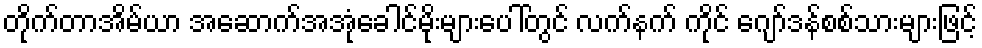
တိုက်တာအိမ်ယာ အဆောက်အအုံခေါင်မိုးများပေါ်တွင် လက်နက် ကိုင် ဂျော်ဒန်စစ်သားများဖြင့်